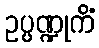
ဥပ္ပဏ္ဍုကိံ